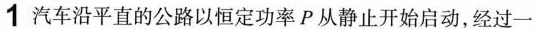
1 汽车沿平直的公路以恒定功率P从静止开始启动，经过一